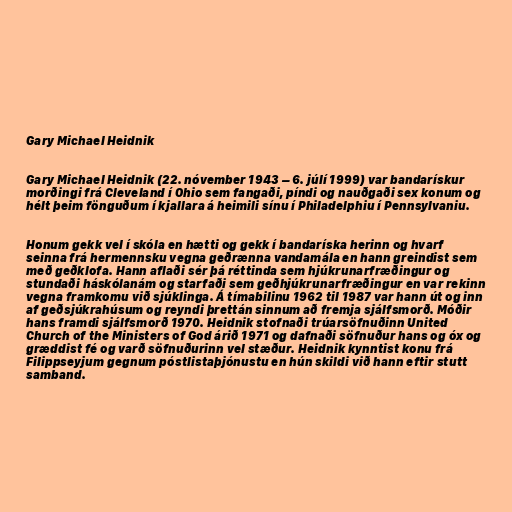
Gary Michael Heidnik

Gary Michael Heidnik (22. nóvember 1943 – 6. júlí 1999) var bandarískur
morðingi frá Cleveland í Ohio sem fangaði, píndi og nauðgaði sex konum og
hélt þeim fönguðum í kjallara á heimili sínu í Philadelphiu í Pennsylvaniu.

Honum gekk vel í skóla en hætti og gekk í bandaríska herinn og hvarf
seinna frá hermennsku vegna geðrænna vandamála en hann greindist sem
með geðklofa. Hann aflaði sér þá réttinda sem hjúkrunarfræðingur og
stundaði háskólanám og starfaði sem geðhjúkrunarfræðingur en var rekinn
vegna framkomu við sjúklinga. Á tímabilinu 1962 til 1987 var hann út og inn
af geðsjúkrahúsum og reyndi þrettán sinnum að fremja sjálfsmorð. Móðir
hans framdi sjálfsmorð 1970. Heidnik stofnaði trúarsöfnuðinn United
Church of the Ministers of God árið 1971 og dafnaði söfnuður hans og óx og
græddist fé og varð söfnuðurinn vel stæður. Heidnik kynntist konu frá
Filippseyjum gegnum póstlistaþjónustu en hún skildi við hann eftir stutt
samband.